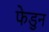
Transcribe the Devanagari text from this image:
फेडुन